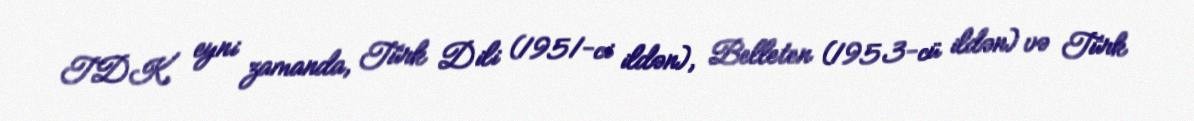
TDK, eyni zamanda, Türk Dili (1951-ci ildən), Belleten (1953-cü ildən) və Türk